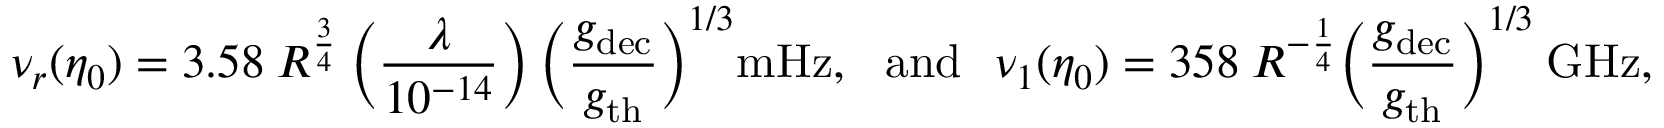
\nu _ { r } ( \eta _ { 0 } ) = 3 . 5 8 ~ R ^ { \frac { 3 } { 4 } } ~ \biggl ( \frac { \lambda } { 1 0 ^ { - 1 4 } } \biggr ) ~ \biggl ( \frac { g _ { \mathrm { d e c } } } { g _ { \mathrm { t h } } } \biggr ) ^ { 1 / 3 } \mathrm { m H z } , ~ ~ ~ \mathrm { a n d } ~ ~ ~ \nu _ { 1 } ( \eta _ { 0 } ) = 3 5 8 ~ R ^ { - \frac { 1 } { 4 } } \biggl ( \frac { g _ { \mathrm { d e c } } } { g _ { \mathrm { t h } } } \biggr ) ^ { 1 / 3 } ~ \mathrm { G H z } ,